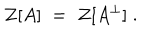
{ \mathcal Z } [ A ] \; = \; { \mathcal Z } [ A ^ { \perp } ] \; .